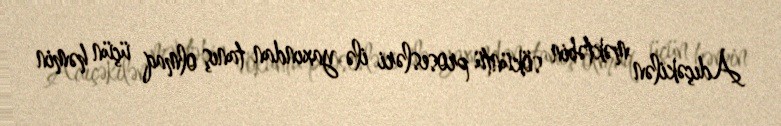
Adıçəkilən məktəbin söküntü prosesləri ilə yaxından tanış olmaq üçün həmin